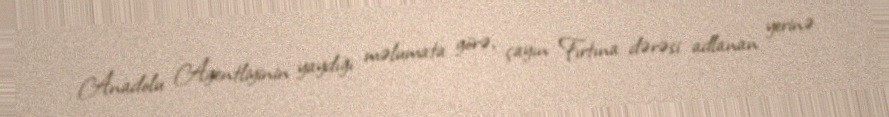
Anadolu Agentliyinin yaydığı məlumata görə, çayın Fırtına dərəsi adlanan yerinə